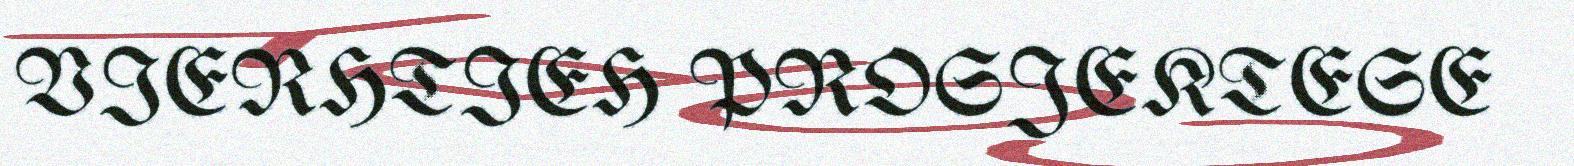
VIERHTIEH PROSJEKTESE